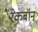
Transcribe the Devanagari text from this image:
रेकबॉन